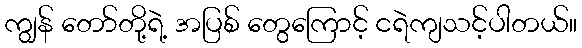
ကျွန် တော်တို့ရဲ့ အပြစ် တွေကြောင့် ငရဲကျသင့်ပါတယ်။